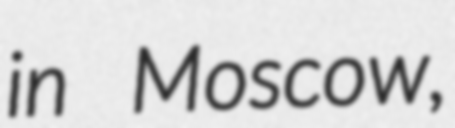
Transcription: in Moscow,